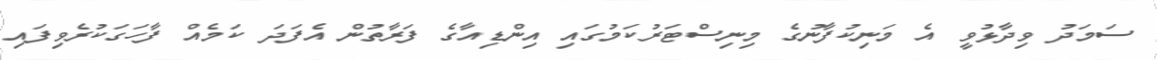
ސަމަދު ވިދާޅުވީ އެ މަނިކުފާނުގެ މިނިސްޓަރުކަމުގައި އިންޑިއާގެ ފަރާތުން އެފަދަ ކަމެއް ފާހަގަކުރެވިފައި